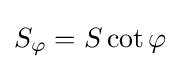
S_{\varphi }=S\cot \varphi